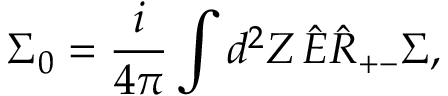
\Sigma _ { 0 } = \frac { i } { 4 \pi } \int d ^ { 2 } Z \, \hat { E } \hat { R } _ { + - } \Sigma ,